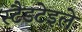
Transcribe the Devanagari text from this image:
स्टैडटेइले